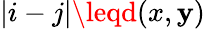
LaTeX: |i-j|\leqd(x,\mathbf{y})